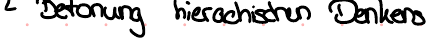
Betonung hierachischen Denkens